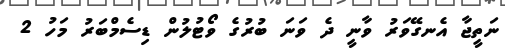
ނަތީޖާ އެނގޭވަރު ވާނީ ދެ ވަނަ ބުރުގެ ވޯޓުލުން ޑިސެމްބަރު މަހު 2